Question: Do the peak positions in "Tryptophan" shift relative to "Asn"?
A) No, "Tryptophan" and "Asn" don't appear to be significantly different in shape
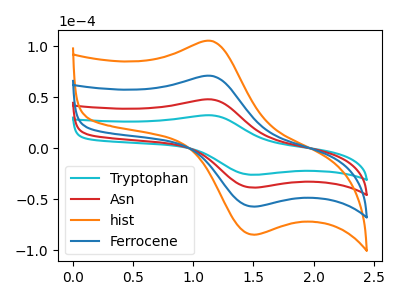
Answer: <think>The cyan curve "Tryptophan" has an anodic peak at (1.15V, 32.35uA) and a cathodic peak at (1.50V, -26.05uA). The red curve "Asn" has an anodic peak at (1.15V, 47.90uA) and a cathodic peak at (1.50V, -38.60uA). The orange curve "hist" has an anodic peak at (1.15V, 143.75uA) and a cathodic peak at (1.50V, -115.80uA). The blue curve "Ferrocene" has an anodic peak at (1.15V, 95.85uA) and a cathodic peak at (1.50V, -77.20uA).
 All the peaks in "Tryptophan" have a peak in "Asn" at the same potential. Every peak in "Tryptophan" is lower than every peak in "Asn".</think>
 <answer>A) No, "Tryptophan" and "Asn" don't appear to be significantly different in shape</answer>
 <eval>A</eval>